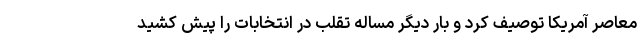
معاصر آمریکا توصیف کرد و بار دیگر مساله تقلب در انتخابات را پیش کشید